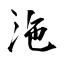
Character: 沲